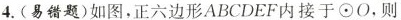
4.(易错题)如图，正六边形ABCDEF内接于⊙O，则